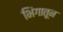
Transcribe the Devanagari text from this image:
भिंगातून